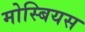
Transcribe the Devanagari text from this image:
मोस्बियस